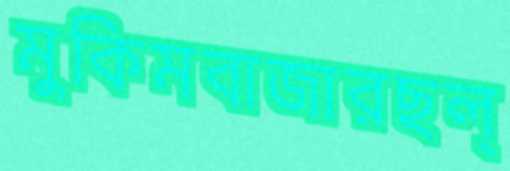
মুকিমবাজারছল্‌